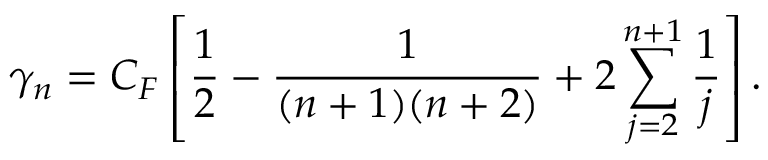
\gamma _ { n } = C _ { F } \left[ \frac 1 { 2 } - \frac 1 { ( n + 1 ) ( n + 2 ) } + 2 \sum _ { j = 2 } ^ { n + 1 } \frac 1 { j } \right] .